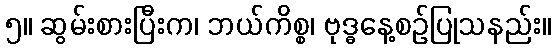
၅။ ဆွမ်းစားပြီးက၊ ဘယ်ကိစ္စ၊ ဗုဒ္ဓနေ့စဉ်ပြုသနည်း။